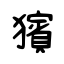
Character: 獱